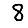
Digit: 8